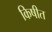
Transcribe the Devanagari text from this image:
किषीत